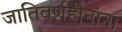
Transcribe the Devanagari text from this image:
जातिवर्णहीनांना